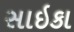
સાઇકા